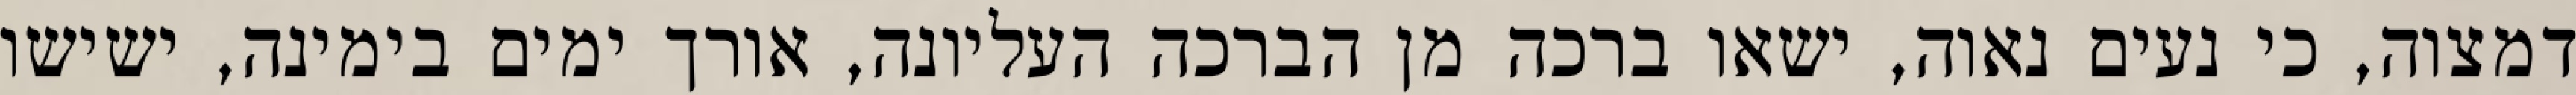
דמצוה, כי נעים נאוה, ישאו ברכה מן הברכה העליונה, אורך ימים בימינה, ישישו